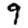
Digit: 9